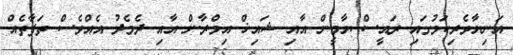
އަނިޔާވެރިކަމުގައި ރައީސް ޔާމީން އާއި ޝައިޚް އިމްރާން އާއި ދެމެދު އެއްވެސް ތަފާތެއް